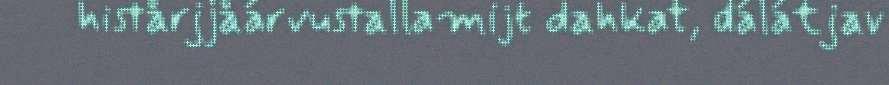
histårjjåárvustallamijt dahkat, dálátjav